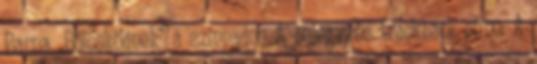
Barna „Bölcsködnek” a színpadon A bejegyzés trackback címe: A